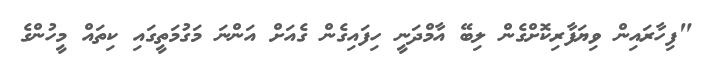
"ފިހާރައިން ވިޔަފާރިކޮށްގެން ލިބޭ އާމްދަނީ ހިފައިގެން ގެއަށް އަންނަ މަގުމަތީގައި ކިތައް މީހުންގެ